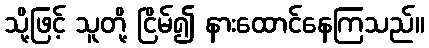
သို့ဖြင့် သူတို့ ငြိမ်၍ နားထောင်နေကြသည်။